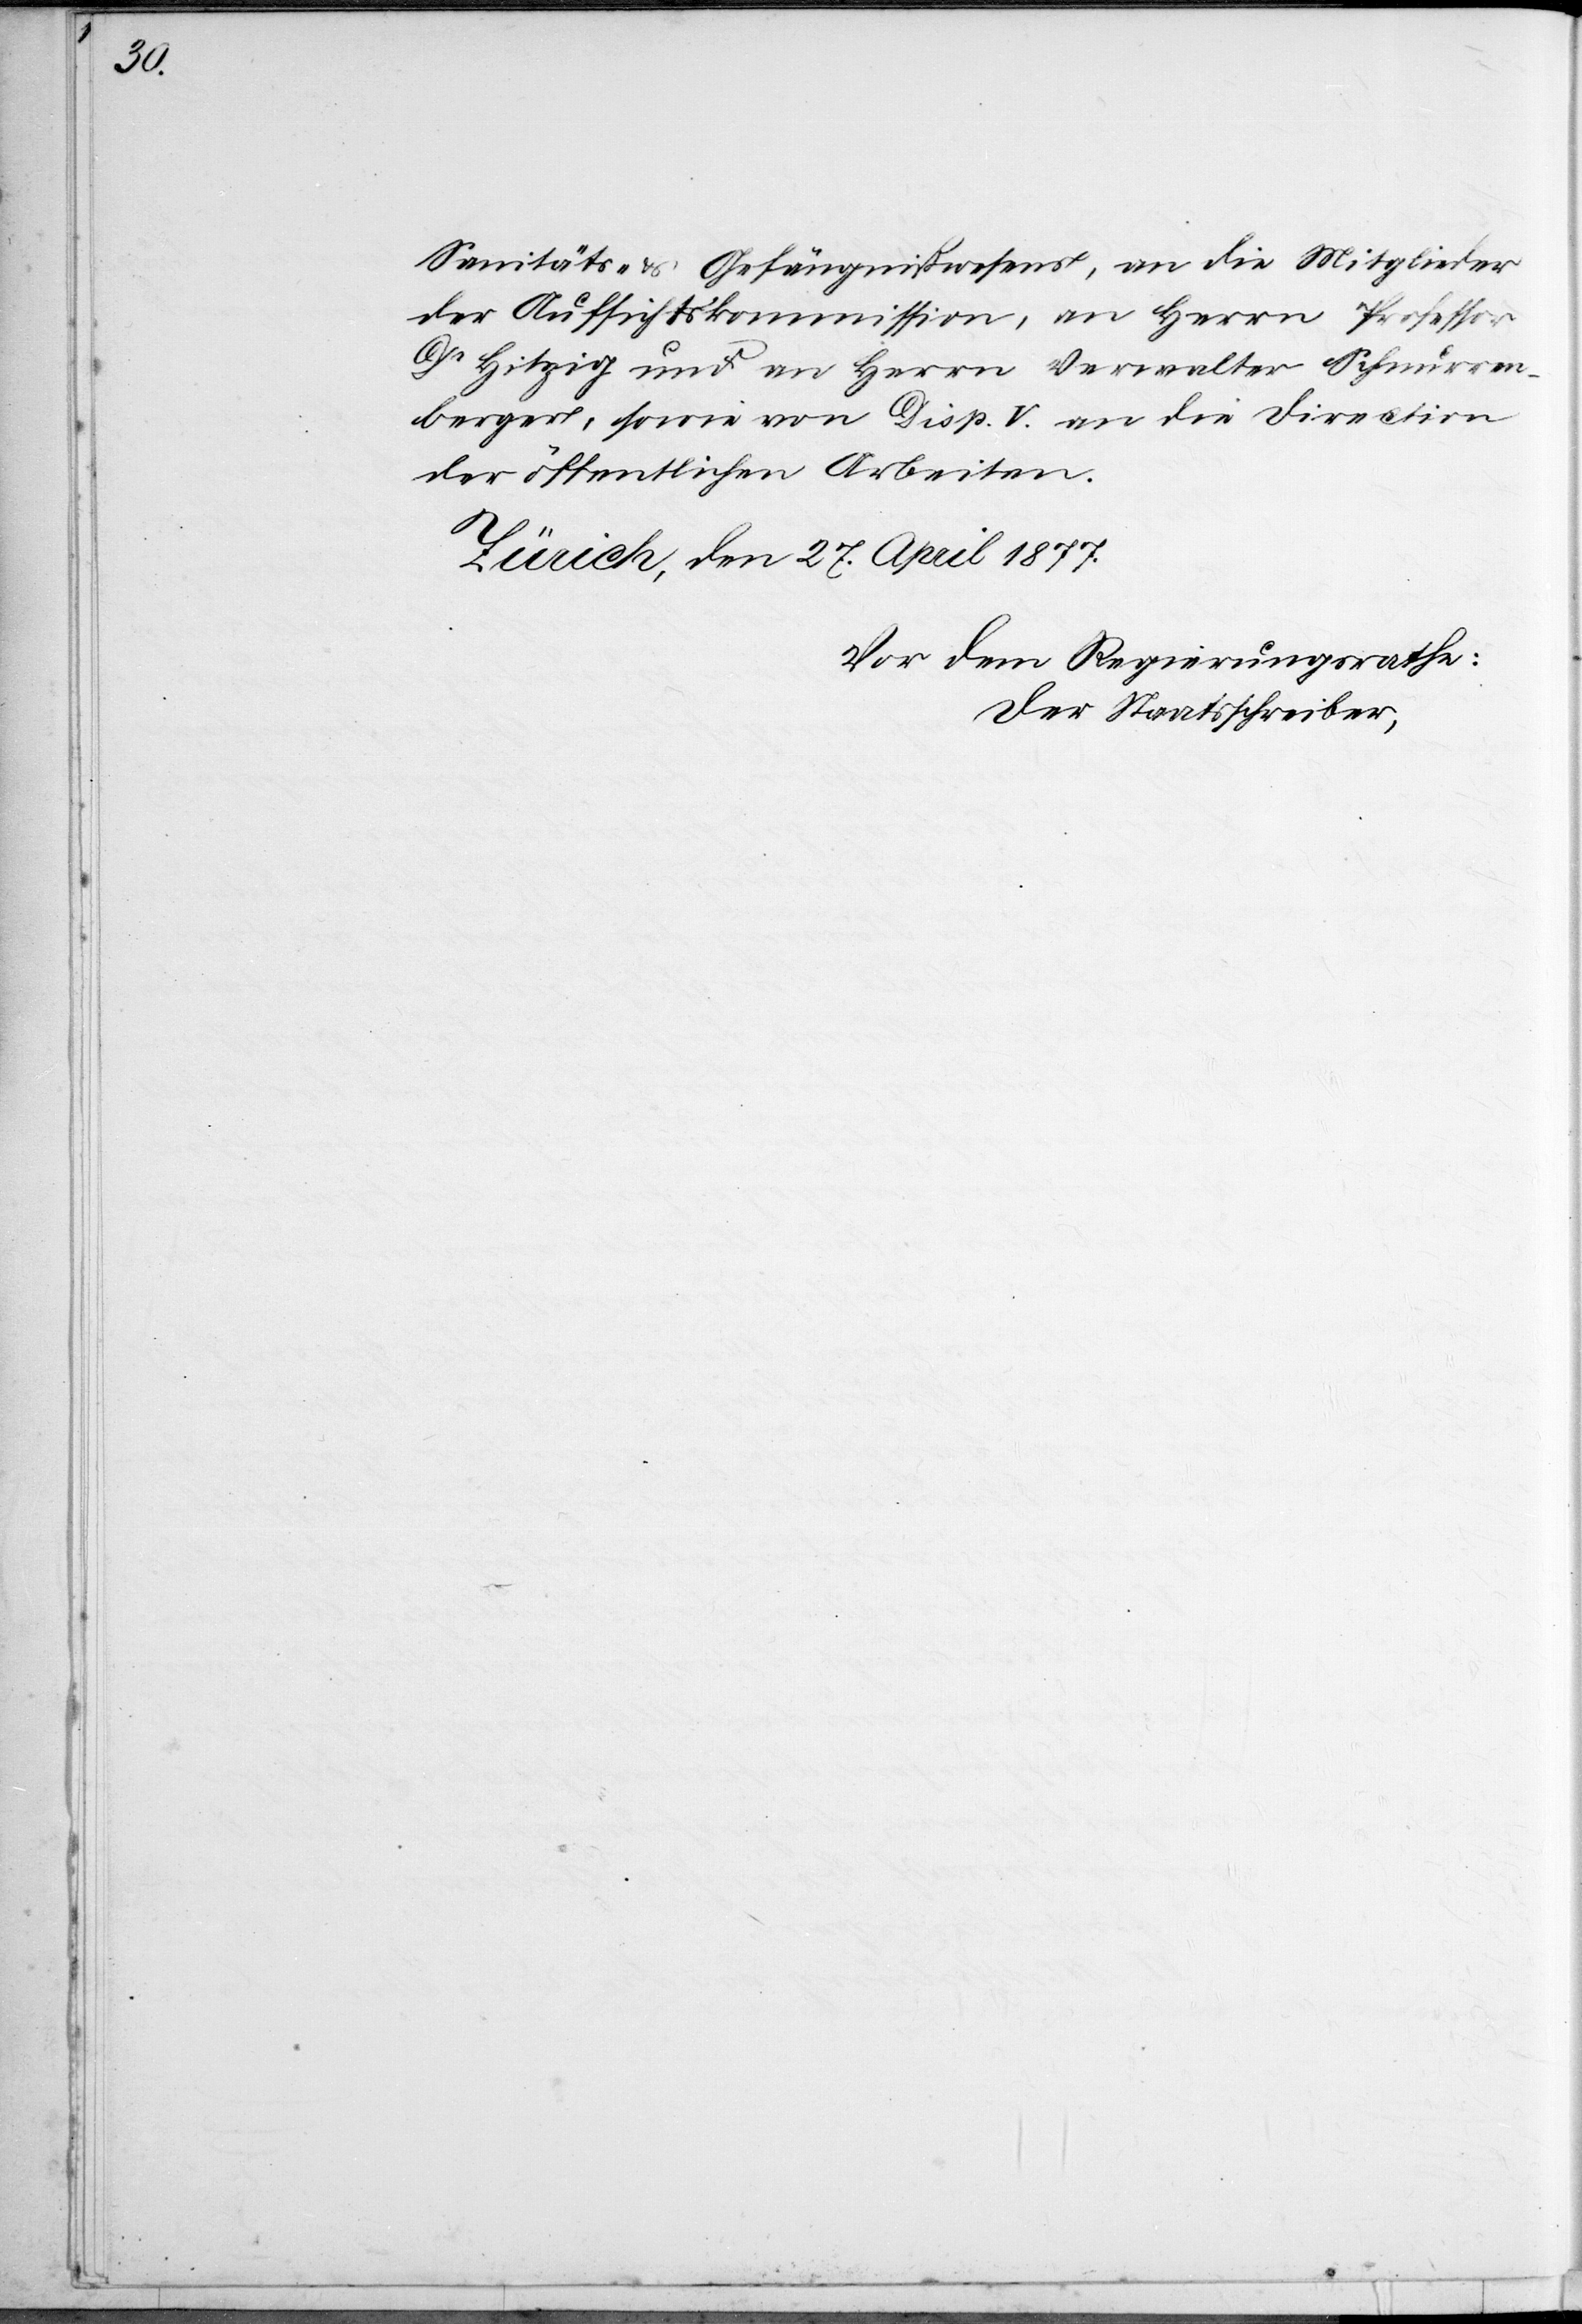
5.

hat auf den 15. Mai d. Js. zu